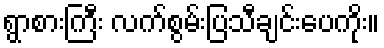
ရွာစားကြီး လက်စွမ်းပြသီချင်းပေကိုး။